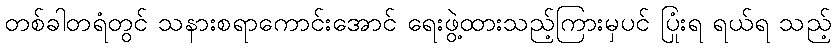
တစ်ခါတရံတွင် သနားစရာကောင်းအောင် ရေးဖွဲ့ထားသည့်ကြားမှပင် ပြုံးရ ရယ်ရ သည့်